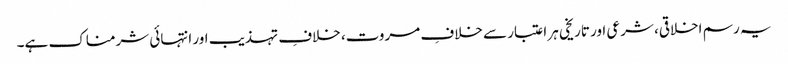
یہ رسم اخلاقی، شرعی اور تاریخی ہر اعتبار سے خلافِ مروت، خلافِ تہذیب اور انتہائی شرمناک ہے۔